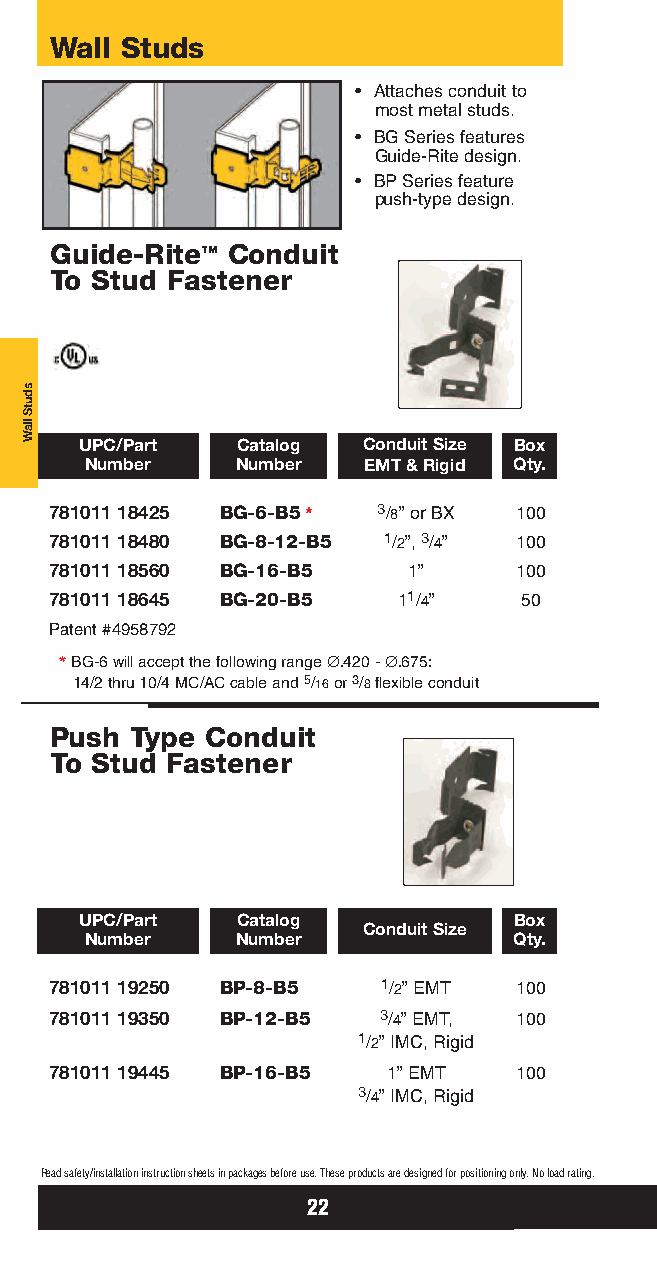
Wall Studs
 • Attaches conduit to
 most metal studs.
 • BGSeries features
 Guide-Rite design.
 • BPSeries feature
 push-type design.
 Guide-Rite™ Conduit
 To Stud Fastener
 UPC/Part   Catalog Conduit Size Box
 Number    Number  EMT&Rigid Qty.
 781011 18425 BG-6-B5* 3/8” or BX 100
 781011 18480 BG-8-12-B5 1/2”, 3/4” 100
 781011 18560 BG-16-B5   1”     100
 781011 18645 BG-20-B5  11/4”   50
 Patent #4958792
 * BG-6 will accept the following range ∅.420 - ∅.675:
 14/2 thru 10/4 MC/AC cable and 5/16or 3/8flexible conduit
 Push  Type Conduit
 To Stud Fastener
 UPC/Part   Catalog           Box
 Conduit Size
 Number    Number            Qty.
 781011 19250 BP-8-B5  1/2” EMT 100
 781011 19350 BP-12-B5 3/4” EMT, 100
 1/2” IMC, Rigid
 781011 19445 BP-16-B5  1” EMT  100
 3/4” IMC, Rigid
 Read safety/installation instruction sheets in packages before use. These products are designed for positioning only. No load rating.
 22
 sdutS
 llaW